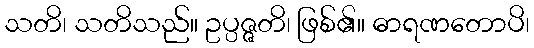
သတိ၊ သတိသည်။ ဥပ္ပဇ္ဇတိ၊ ဖြစ်၏။ ဓာရဏတောပိ၊